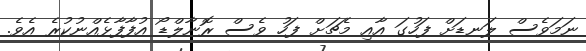
ނަމަވެސް ލަނޑަށް ފަހުގަ އާއި މެޗަށް ފަހު ވެސް ރޮނާލްޑޯ އުފާފާޅެއްނުކުރެ އެވެ.